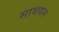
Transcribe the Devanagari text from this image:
साथयन